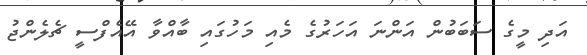
އަދި މީގެ ސަބަބުން އަންނަ އަހަރުގެ މެއި މަހުގައި ބާއްވާ އޭއެފްސީ ޗެލެންޖު